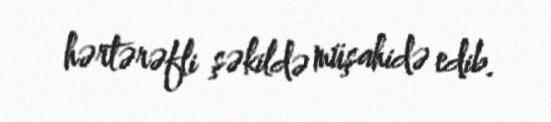
hərtərəfli şəkildə müşahidə edib.